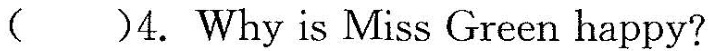
( )4. Why is Miss Green happy?